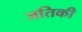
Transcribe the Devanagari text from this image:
जतिकी